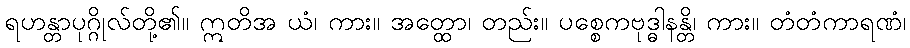
ရဟန္တာပုဂ္ဂိုလ်တို့၏။ ဣတိအ ယံ၊ ကား။ အတ္ထော၊ တည်း။ ပစ္စေကဗုဒ္ဓါနန္တိ၊ ကား။ တံတံကာရဏံ၊